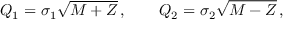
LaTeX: Q _ { 1 } = \sigma _ { 1 } \sqrt { M + { \cal Z } } \, , \qquad Q _ { 2 } = \sigma _ { 2 } \sqrt { M - { \cal Z } } \, ,